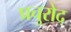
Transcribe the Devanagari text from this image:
प्रचुरोद